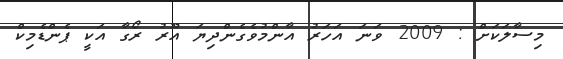
މިސާލަކަށް : 2009 ވަނަ އަހަރު އާންމުވެގެންދިޔަ އޫރު ރޯގާ އަކީ ޕެންޑެމިކް